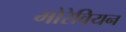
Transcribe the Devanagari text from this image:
मोरेवियन